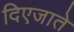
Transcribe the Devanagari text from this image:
दिएजाते